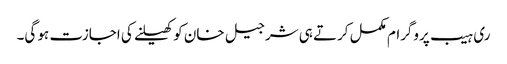
ری ہیب پروگرام مکمل کرتے ہی شرجیل خان کو کھیلنے کی اجازت ہو گی۔